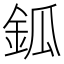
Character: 鈲